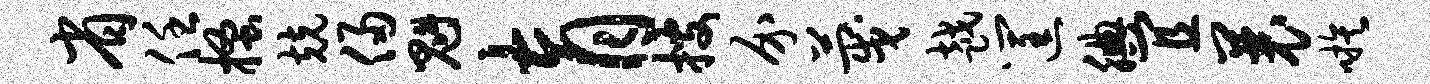
省任搔兢侵魁育搜介蔑越筐腆宜曩嗾